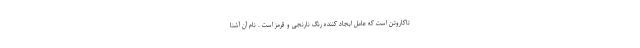
تاکاروتن است که عامل ایجاد کننده رنگ نارنجی و قرمز است . نام آن آشنا